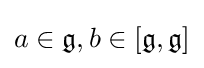
a\in {\mathfrak {g}},b\in [{\mathfrak {g}},{\mathfrak {g}}]